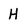
Character: H